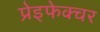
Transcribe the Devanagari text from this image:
प्रेइफेक्चर